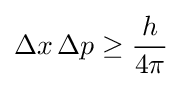
\Delta x\,\Delta p\geq {\frac {h}{4\pi }}